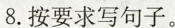
8.按要求写句子。